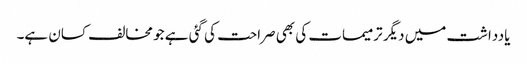
یادداشت میں دیگر ترمیمات کی بھی صراحت کی گئی ہے جو مخالف کسان ہے۔